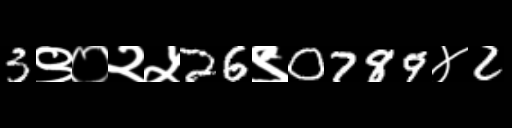
Text: 3९०२५26९0789४2